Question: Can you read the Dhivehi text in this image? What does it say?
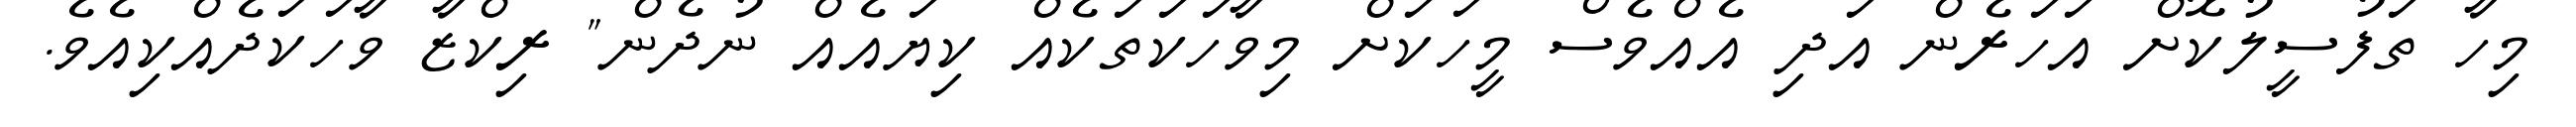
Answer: މިހާ ތަފުސީލުކޮށް އަހަރެން އަދި އެއްވެސް މީހަކަށް މިވާހަކަތަކެއް ކިޔައެއް ނުދެން" ރިކްޒާ ވާހަކަދެއްކިއެވެ.